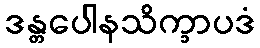
ဒန္တပေါနသိက္ခာပဒံ